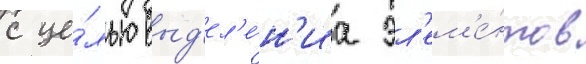
с це́лью выд'ел'е́н'иа эл'ем'е́нтов